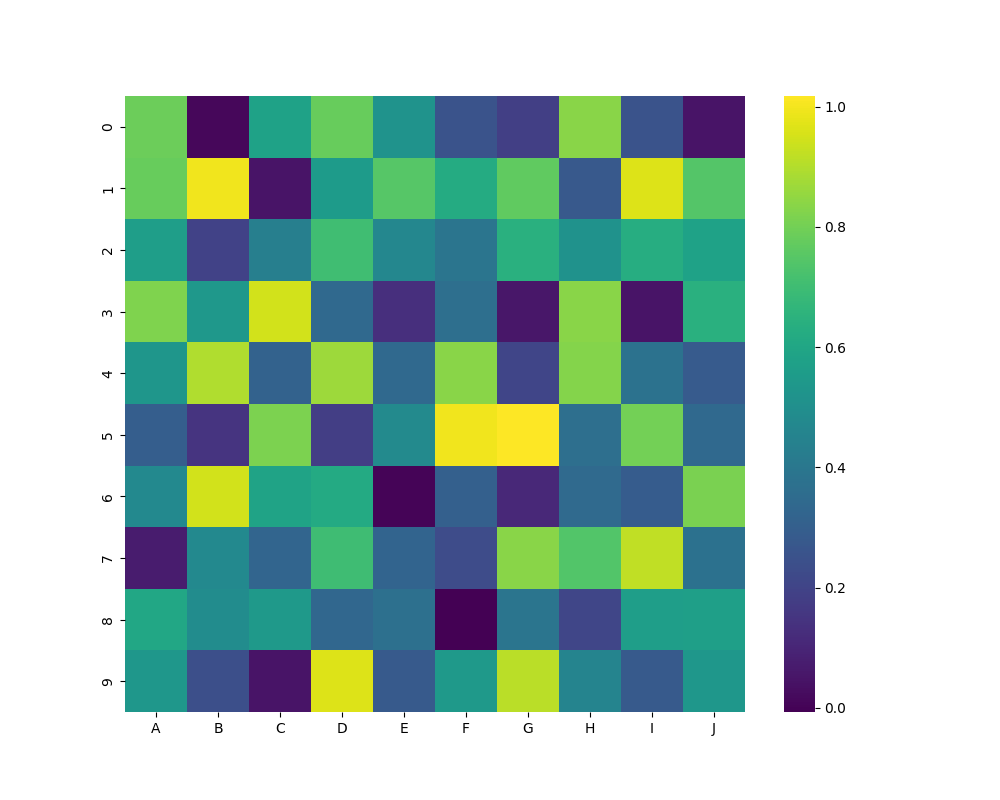
python, seaborn, heatmap, cmap='viridis', linewidths=0.0, center=none